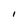
Character: I